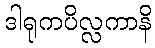
ဒါရုကပိလ္လကာနိ